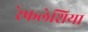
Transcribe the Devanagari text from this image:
रेफलेशिया